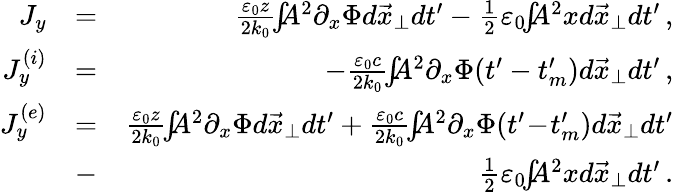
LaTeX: \begin{array}{rlr}{J_{y}}&{=}&{\frac{\varepsilon_{0}z}{2k_{0}}\! \! \int\! \! \! A^{2}\partial_{x}\Phi d\vec{x}_{\perp}dt^{\prime}-\frac{1}{2}\varepsilon_{0}\! \! \int\! \! \! A^{2}xd\vec{x}_{\perp}dt^{\prime}\, ,}\\ {J_{y}^{(i)}}&{=}&{-\frac{\varepsilon_{0}c}{2k_{0}}\! \! \int\! \! \! A^{2}\partial_{x}\Phi(t^{\prime}-t_{m}^{\prime})d\vec{x}_{\perp}dt^{\prime}\, ,}\\ {J_{y}^{(e)}}&{=}&{\frac{\varepsilon_{0}z}{2k_{0}}\! \! \int\! \! \! A^{2}\partial_{x}\Phi d\vec{x}_{\perp}dt^{\prime}+\frac{\varepsilon_{0}c}{2k_{0}}\! \! \int\! \! \! A^{2}\partial_{x}\Phi(t^{\prime}\! -\! t_{m}^{\prime})d\vec{x}_{\perp}dt^{\prime}}\\ &{-}&{\frac{1}{2}\varepsilon_{0}\! \! \int\! \! \! A^{2}xd\vec{x}_{\perp}dt^{\prime}\, .}\end{array}